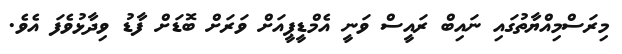
މިރަސްމިއްޔާތުގައި ނައިބް ރައީސް ވަނީ އެމްޑީޕީއަށް ވަރަށް ބޮޑަށް ފާޑު ވިދާޅުވެފަ އެވެ.